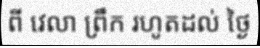
ពី វេលា ព្រឹក រហូតដល់ ថ្ងៃ